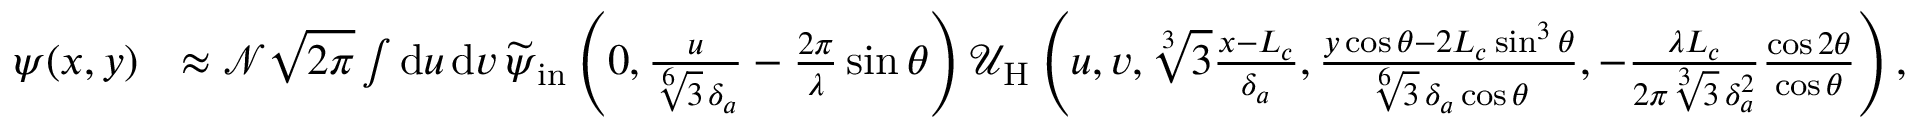
\begin{array} { r l } { \psi ( x , y ) } & { \approx \mathcal { N } \sqrt { 2 \pi } \int \mathrm { d } u \, \mathrm { d } v \, \smash { \widetilde { \psi } } _ { \mathrm { i n } } \left( 0 , \frac { u } { \sqrt [ 6 ] { 3 } \, \delta _ { a } } - \frac { 2 \pi } { \lambda } \sin \theta \right) \mathcal { U } _ { \mathrm { H } } \left( u , v , \sqrt [ 3 ] { 3 } \frac { x - L _ { c } } { \delta _ { a } } , \frac { y \cos \theta - 2 L _ { c } \sin ^ { 3 } \theta } { \sqrt [ 6 ] { 3 } \, \delta _ { a } \cos \theta } , - \frac { \lambda L _ { c } } { 2 \pi \sqrt [ 3 ] { 3 } \, \delta _ { a } ^ { 2 } } \frac { \cos 2 \theta } { \cos \theta } \right) , } \end{array}